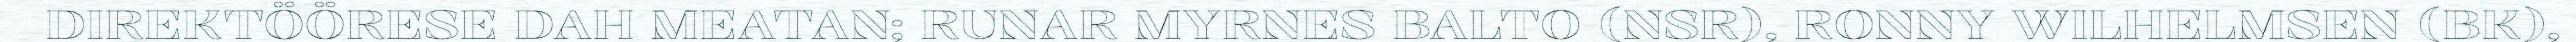
DIREKTÖÖRESE DAH MEATAN; RUNAR MYRNES BALTO (NSR), RONNY WILHELMSEN (BK),